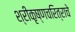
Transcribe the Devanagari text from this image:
श्रीकृष्णचरित्राचे